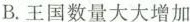
B.王国数量大大增加